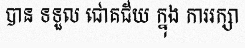
បាន ទទួល ជោគជ័យ ក្នុង ការរក្សា